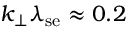
k _ { \bot } \lambda _ { \mathrm { s e } } \approx 0 . 2